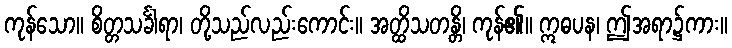
ကုန်သော။ စိတ္တသင်္ခါရာ၊ တို့သည်လည်းကောင်း။ အတ္ထိသတန္တိ၊ ကုန်၏။ ဣဓပန၊ ဤအရာ၌ကား။